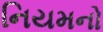
નિયમનો